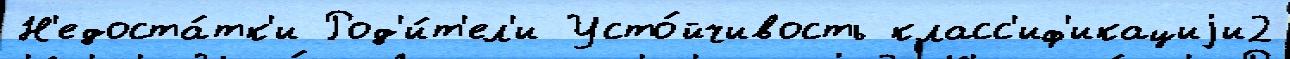
Н'едоста́тк'и Род'и́т'ел'и Усто́йчивость класс'иф'икациjи2